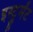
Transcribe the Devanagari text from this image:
इस्ट्रुमेंट